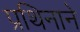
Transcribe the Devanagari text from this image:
प्रथिनाने